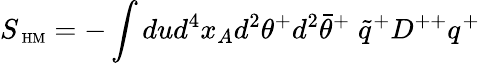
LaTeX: S_{\mathrm{\scriptsize~HM}}=-\int dud^{4}x_{A}d^{2}\theta^{+}d^{2}\bar{\theta}^{+}\; \tilde{q}^{+}D^{++}q^{+}